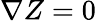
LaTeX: \nabla Z=0